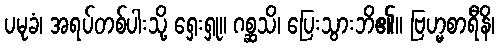
ပမုခံ၊ အရပ်တစ်ပါးသို့ ရှေးရှု။ ဂစ္ဆသိ၊ ပြေးသွားဘိ၏။ ဗြဟ္မစာရီနိ၊